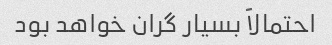
احتمالاً بسیار گران خواهد بود